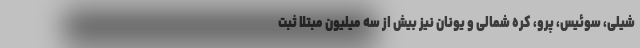
شیلی، سوئیس، پرو، کره شمالی و یونان نیز بیش از سه میلیون مبتلا ثبت